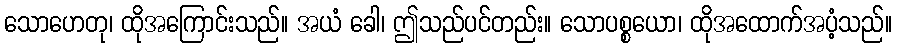
သောဟေတု၊ ထိုအကြောင်းသည်။ အယံ ခေါ၊ ဤသည်ပင်တည်း။ သောပစ္စယော၊ ထိုအထောက်အပံ့သည်။